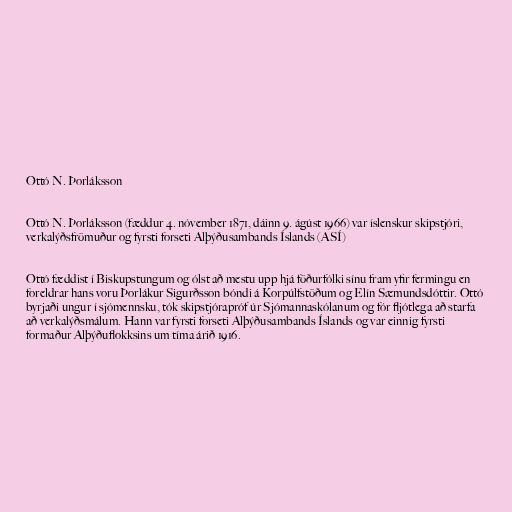
Ottó N. Þorláksson

Ottó N. Þorláksson (fæddur 4. nóvember 1871, dáinn 9. ágúst 1966) var íslenskur skipstjóri,
verkalýðsfrömuður og fyrsti forseti Alþýðusambands Íslands (ASÍ)

Ottó fæddist í Biskupstungum og ólst að mestu upp hjá föðurfólki sínu fram yfir fermingu en
foreldrar hans voru Þorlákur Sigurðsson bóndi á Korpúlfstöðum og Elín Sæmundsdóttir. Ottó
byrjaði ungur í sjómennsku, tók skipstjórapróf úr Sjómannaskólanum og fór fljótlega að starfa
að verkalýðsmálum. Hann var fyrsti forseti Alþýðusambands Íslands og var einnig fyrsti
formaður Alþýðuflokksins um tíma árið 1916.